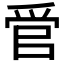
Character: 𬋩